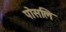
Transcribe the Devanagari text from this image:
पोसलि